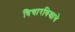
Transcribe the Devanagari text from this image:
विचारविश्वाचे